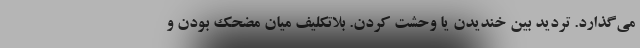
می‌گذارد. تردید بین خندیدن یا وحشت کردن. بلاتکلیف میان مضحک بودن و